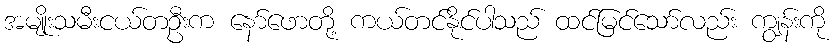
အမျိုးသမီးငယ်တဦးက နော်ဖောတို့ ကယ်တင်နိုင်ပါသည် ထင်မြင်သော်လည်း ကျွန်းကို